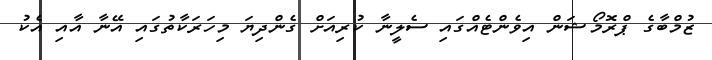
ޒުމްބާގެ ޕްރޮމޯޝަން އިވެންޓެއްގައި ސެލީނާ ކުރިއަށް ގެންދިޔަ މިހަރަކާތުގައި އޭނާ އާއި އެކު